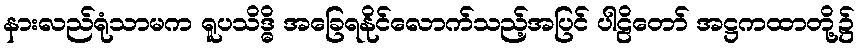
နားလည်ရုံသာမက ရူပသိဒ္ဓိ အခြေရနိုင်လောက်သည့်အပြင် ပါဠိတော် အဋ္ဌကထာတို့၌